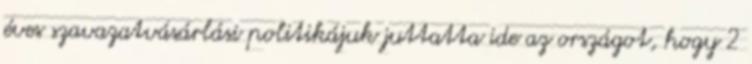
éves szavazatvásárlási politikájuk juttatta ide az országot, hogy 2